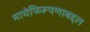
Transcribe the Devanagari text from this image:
माथेफिरूपणाबद्दल